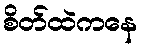
စိတ်ထဲကနေ